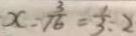
x : \frac { 3 } { 1 6 } = \frac { 1 } { 3 } : 2